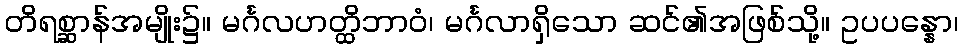
တိရစ္ဆာန်အမျိုး၌။ မင်္ဂလဟတ္ထိဘာဝံ၊ မင်္ဂလာရှိသော ဆင်၏အဖြစ်သို့။ ဥပပန္နော၊